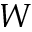
W